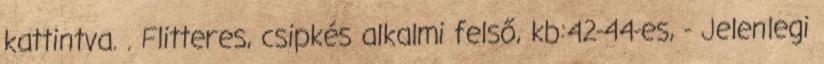
kattintva. . Flitteres, csipkés alkalmi felső, kb:42-44-es, - Jelenlegi